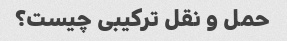
حمل و نقل ترکیبی چیست؟